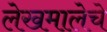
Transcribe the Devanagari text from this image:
लेखमालेचे